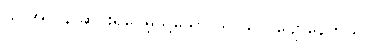
သူ အလွန် ဆင်းရဲပေမဲ့သို့သော် သူ သိပ် ပျော်နေတယ်။